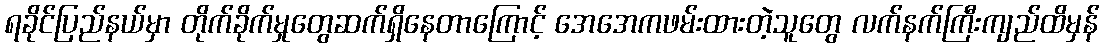
ရခိုင်ပြည်နယ်မှာ တိုက်ခိုက်မှုတွေဆက်ရှိနေတာကြောင့် အေအေကဖမ်းထားတဲ့သူတွေ လက်နက်ကြီးကျည်ထိမှန်